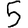
Digit: 5